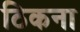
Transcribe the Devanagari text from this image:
ठिकना